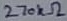
Text: 270kΩ